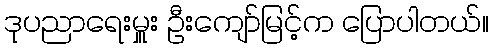
ဒုပညာရေးမှူး ဦးကျော်မြင့်က ပြောပါတယ်။